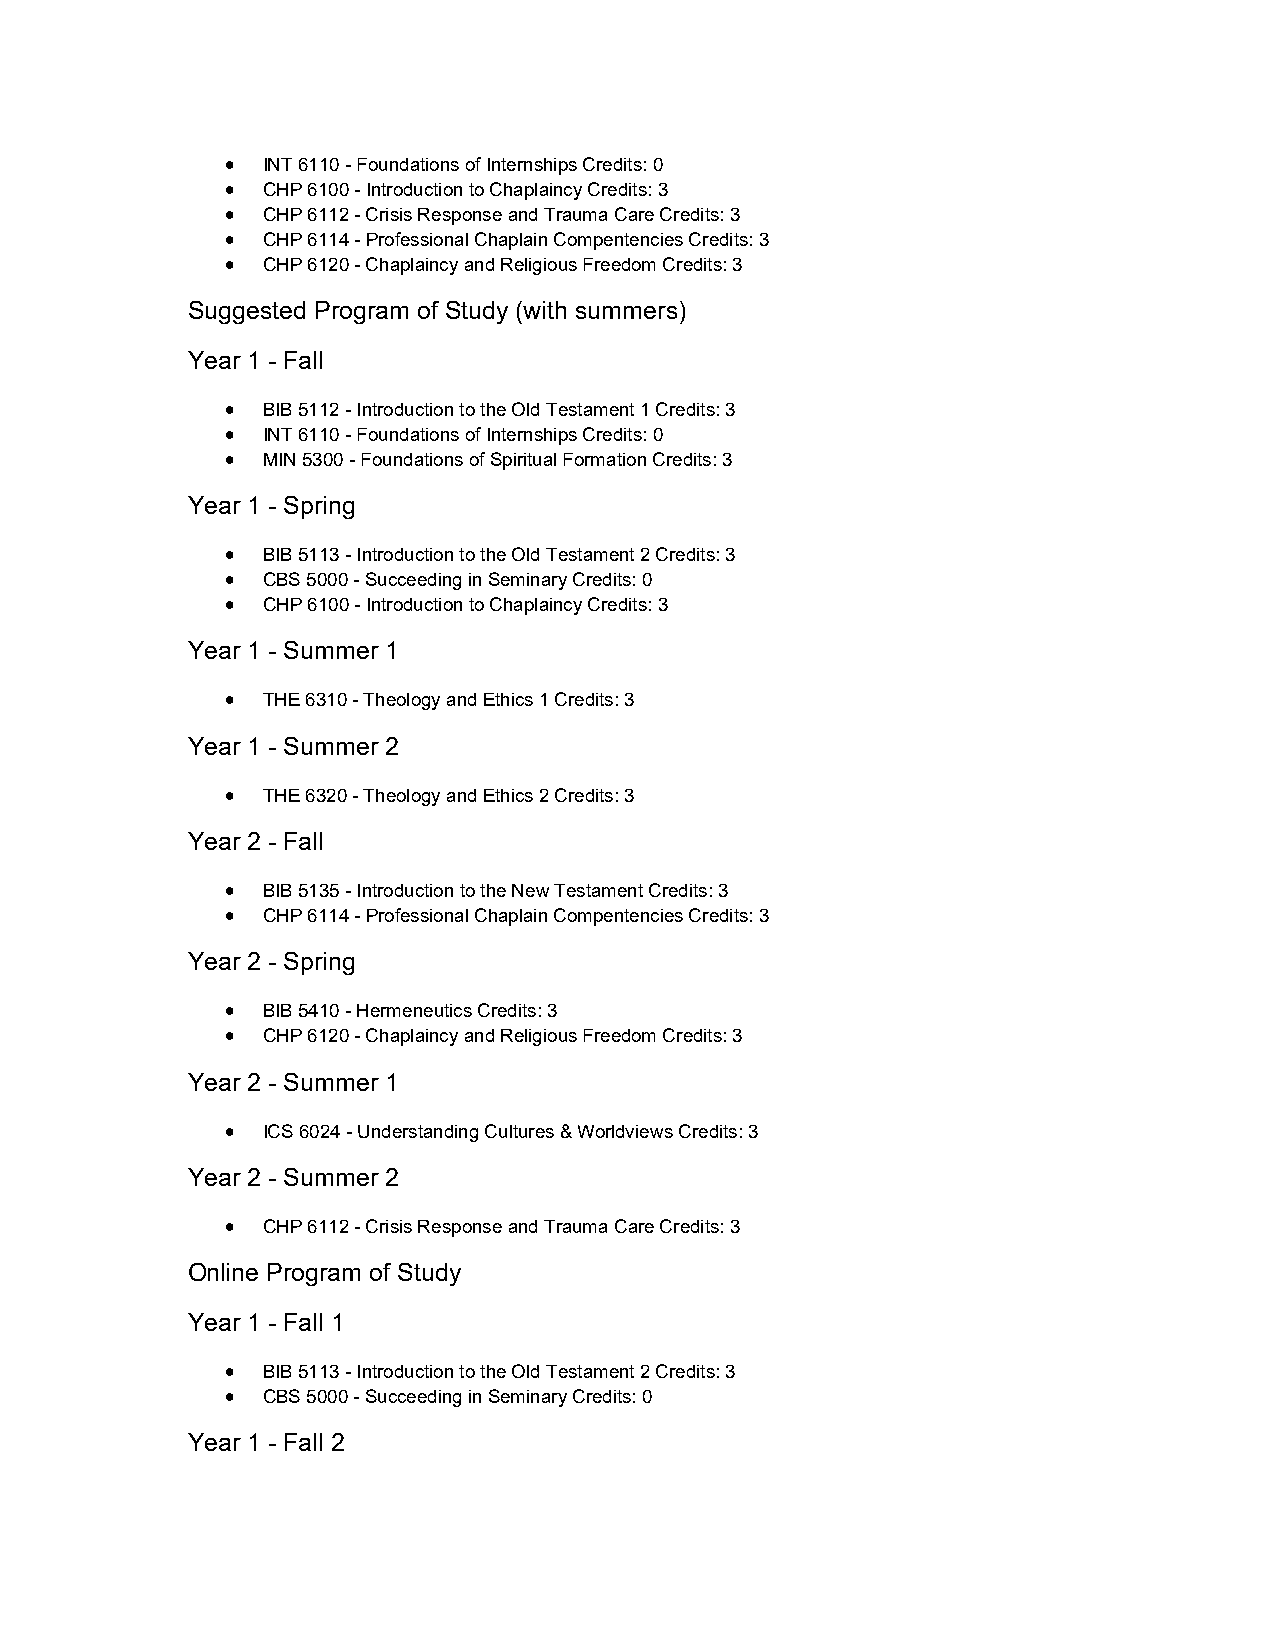
 INT 6110 - Foundations of Internships Credits: 0
  CHP 6100 - Introduction to Chaplaincy Credits: 3
  CHP 6112 - Crisis Response and Trauma Care Credits: 3
  CHP 6114 - Professional Chaplain Compentencies Credits: 3
  CHP 6120 - Chaplaincy and Religious Freedom Credits: 3
 Suggested Program of Study (with summers)
 Year 1 - Fall
  BIB 5112 - Introduction to the Old Testament 1 Credits: 3
  INT 6110 - Foundations of Internships Credits: 0
  MIN 5300 - Foundations of Spiritual Formation Credits: 3
 Year 1 - Spring
  BIB 5113 - Introduction to the Old Testament 2 Credits: 3
  CBS 5000 - Succeeding in Seminary Credits: 0
  CHP 6100 - Introduction to Chaplaincy Credits: 3
 Year 1 - Summer 1
  THE 6310 - Theology and Ethics 1 Credits: 3
 Year 1 - Summer 2
  THE 6320 - Theology and Ethics 2 Credits: 3
 Year 2 - Fall
  BIB 5135 - Introduction to the New Testament Credits: 3
  CHP 6114 - Professional Chaplain Compentencies Credits: 3
 Year 2 - Spring
  BIB 5410 - Hermeneutics Credits: 3
  CHP 6120 - Chaplaincy and Religious Freedom Credits: 3
 Year 2 - Summer 1
  ICS 6024 - Understanding Cultures & Worldviews Credits: 3
 Year 2 - Summer 2
  CHP 6112 - Crisis Response and Trauma Care Credits: 3
 Online Program of Study
 Year 1 - Fall 1
  BIB 5113 - Introduction to the Old Testament 2 Credits: 3
  CBS 5000 - Succeeding in Seminary Credits: 0
 Year 1 - Fall 2